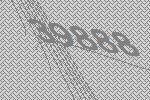
39888